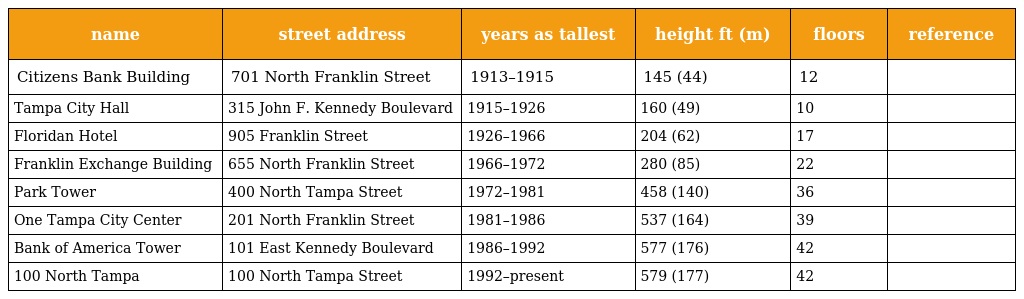
| name | street address | years as tallest | height ft (m) | floors | reference |
 | --- | --- | --- | --- | --- | --- |
 | Citizens Bank Building | 701 North Franklin Street | 1913–1915 | 145 (44) | 12 |  |
 | Tampa City Hall | 315 John F. Kennedy Boulevard | 1915–1926 | 160 (49) | 10 |  |
 | Floridan Hotel | 905 Franklin Street | 1926–1966 | 204 (62) | 17 |  |
 | Franklin Exchange Building | 655 North Franklin Street | 1966–1972 | 280 (85) | 22 |  |
 | Park Tower | 400 North Tampa Street | 1972–1981 | 458 (140) | 36 |  |
 | One Tampa City Center | 201 North Franklin Street | 1981–1986 | 537 (164) | 39 |  |
 | Bank of America Tower | 101 East Kennedy Boulevard | 1986–1992 | 577 (176) | 42 |  |
 | 100 North Tampa | 100 North Tampa Street | 1992–present | 579 (177) | 42 |  |